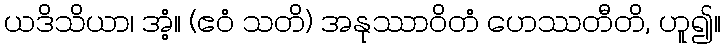
ယဒိသိယာ၊ အံ့။ (ဧဝံ သတိ) အနုဿာဝိတံ ဟေဿတီတိ, ဟူ၍။